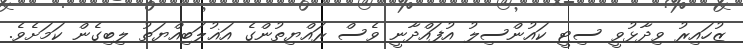
ޒުހައިރު ވިދާޅުވީ ސިޓީ ކައުންސިލު އުފައްދާނީ ވެސް ރައްޔިތުންގެ އަޣުލަބިއްޔަތު ލިބިގެން ކަމަށެވެ.